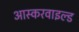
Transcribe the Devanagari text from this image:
आस्करवाइल्ड